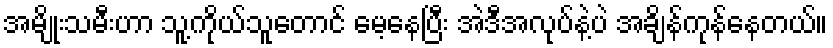
အမျိုးသမီးဟာ သူ့ကိုယ်သူတောင် မေ့နေပြီး အဲဒီအလုပ်နဲ့ပဲ အချိန်ကုန်နေတယ်။